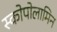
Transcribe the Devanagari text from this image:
स्कोपोलामिन